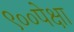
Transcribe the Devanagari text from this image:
९००पेक्षा